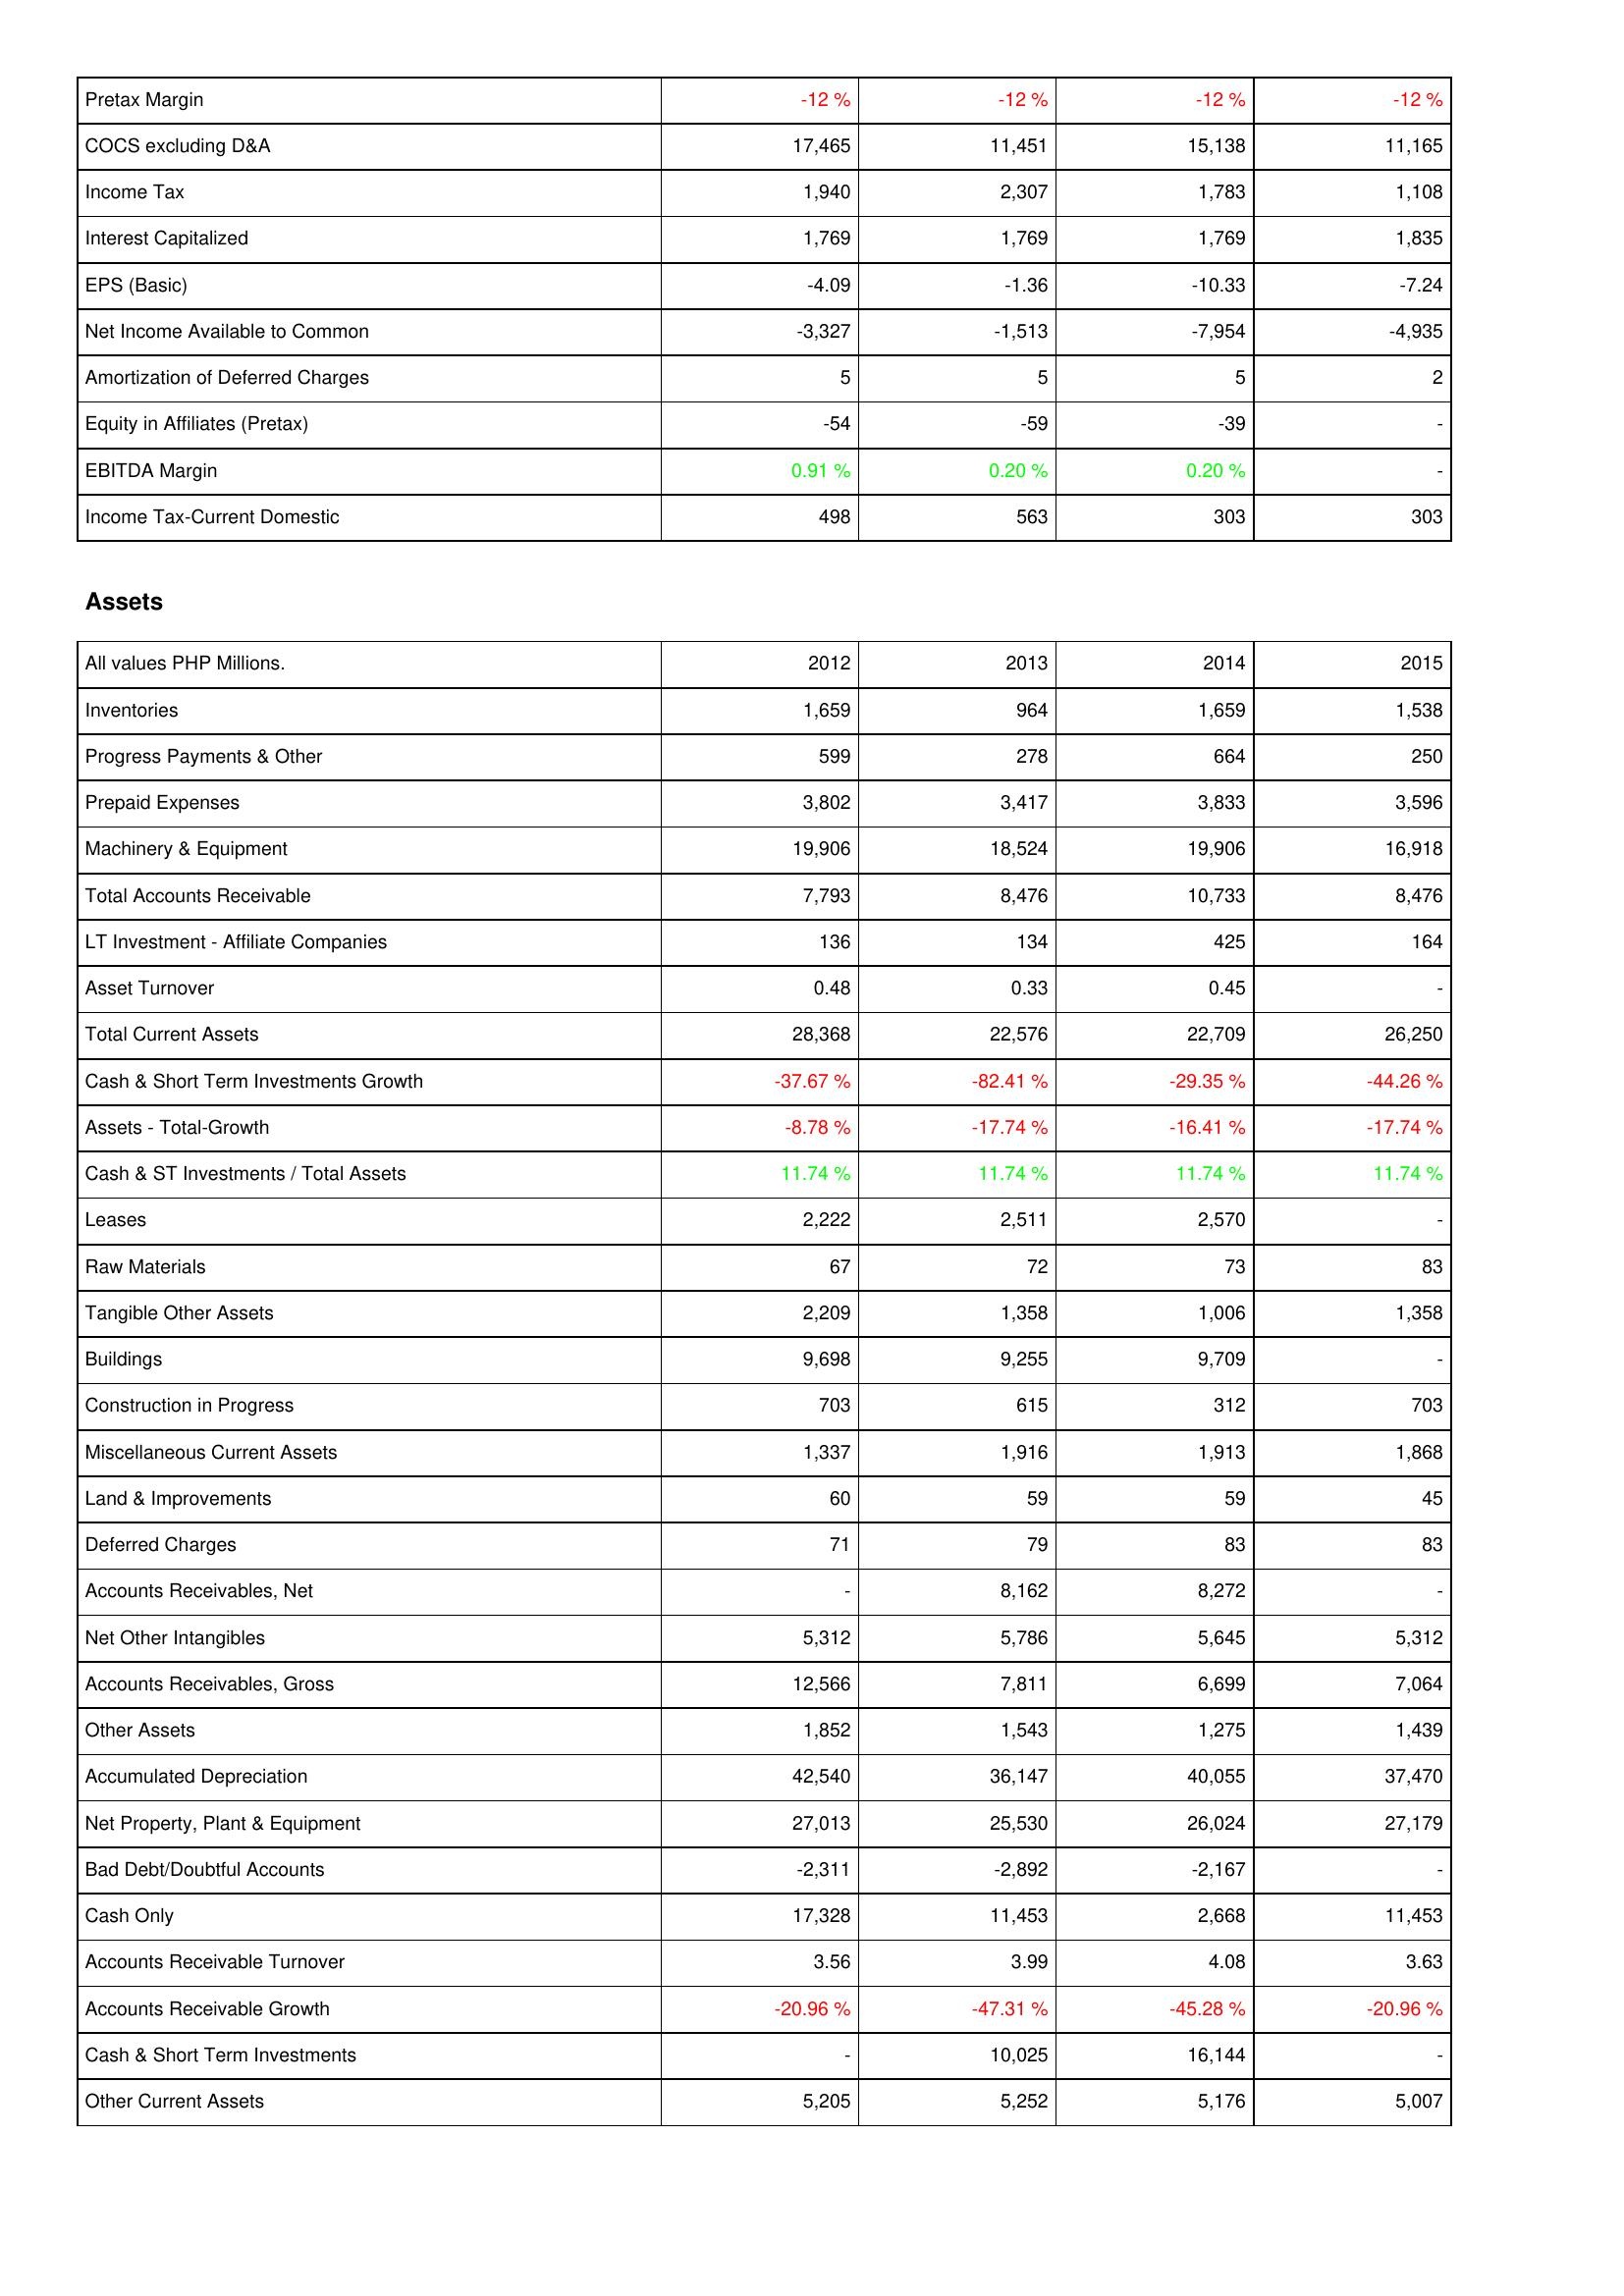
2012: Income Statement: Pretax Margin: -12 %
COCS excluding D&A: 17,465
Income Tax: 1,940
Interest Capitalized: 1,769
EPS (Basic): -4.09
Net Income Available to Common: -3,327
Amortization of Deferred Charges: 5
Equity in Affiliates (Pretax): -54
EBITDA Margin: 0.91 %
Income Tax-Current Domestic: 498
Assets: Inventories: 1,659
Progress Payments & Other: 599
Prepaid Expenses: 3,802
Machinery & Equipment: 19,906
Total Accounts Receivable: 7,793
LT Investment - Affiliate Companies: 136
Asset Turnover: 0.48
Total Current Assets: 28,368
Cash & Short Term Investments Growth: -37.67 %
Assets - Total-Growth: -8.78 %
Cash & ST Investments / Total Assets: 11.74 %
Leases: 2,222
Raw Materials: 67
Tangible Other Assets: 2,209
Buildings: 9,698
Construction in Progress: 703
Miscellaneous Current Assets: 1,337
Land & Improvements: 60
Deferred Charges: 71
Accounts Receivables, Net: -
Net Other Intangibles: 5,312
Accounts Receivables, Gross: 12,566
Other Assets: 1,852
Accumulated Depreciation: 42,540
Net Property, Plant & Equipment: 27,013
Bad Debt/Doubtful Accounts: -2,311
Cash Only: 17,328
Accounts Receivable Turnover: 3.56
Accounts Receivable Growth: -20.96 %
Cash & Short Term Investments: -
Other Current Assets: 5,205
2013: Income Statement: Pretax Margin: -12 %
COCS excluding D&A: 11,451
Income Tax: 2,307
Interest Capitalized: 1,769
EPS (Basic): -1.36
Net Income Available to Common: -1,513
Amortization of Deferred Charges: 5
Equity in Affiliates (Pretax): -59
EBITDA Margin: 0.20 %
Income Tax-Current Domestic: 563
Assets: Inventories: 964
Progress Payments & Other: 278
Prepaid Expenses: 3,417
Machinery & Equipment: 18,524
Total Accounts Receivable: 8,476
LT Investment - Affiliate Companies: 134
Asset Turnover: 0.33
Total Current Assets: 22,576
Cash & Short Term Investments Growth: -82.41 %
Assets - Total-Growth: -17.74 %
Cash & ST Investments / Total Assets: 11.74 %
Leases: 2,511
Raw Materials: 72
Tangible Other Assets: 1,358
Buildings: 9,255
Construction in Progress: 615
Miscellaneous Current Assets: 1,916
Land & Improvements: 59
Deferred Charges: 79
Accounts Receivables, Net: 8,162
Net Other Intangibles: 5,786
Accounts Receivables, Gross: 7,811
Other Assets: 1,543
Accumulated Depreciation: 36,147
Net Property, Plant & Equipment: 25,530
Bad Debt/Doubtful Accounts: -2,892
Cash Only: 11,453
Accounts Receivable Turnover: 3.99
Accounts Receivable Growth: -47.31 %
Cash & Short Term Investments: 10,025
Other Current Assets: 5,252
2014: Income Statement: Pretax Margin: -12 %
COCS excluding D&A: 15,138
Income Tax: 1,783
Interest Capitalized: 1,769
EPS (Basic): -10.33
Net Income Available to Common: -7,954
Amortization of Deferred Charges: 5
Equity in Affiliates (Pretax): -39
EBITDA Margin: 0.20 %
Income Tax-Current Domestic: 303
Assets: Inventories: 1,659
Progress Payments & Other: 664
Prepaid Expenses: 3,833
Machinery & Equipment: 19,906
Total Accounts Receivable: 10,733
LT Investment - Affiliate Companies: 425
Asset Turnover: 0.45
Total Current Assets: 22,709
Cash & Short Term Investments Growth: -29.35 %
Assets - Total-Growth: -16.41 %
Cash & ST Investments / Total Assets: 11.74 %
Leases: 2,570
Raw Materials: 73
Tangible Other Assets: 1,006
Buildings: 9,709
Construction in Progress: 312
Miscellaneous Current Assets: 1,913
Land & Improvements: 59
Deferred Charges: 83
Accounts Receivables, Net: 8,272
Net Other Intangibles: 5,645
Accounts Receivables, Gross: 6,699
Other Assets: 1,275
Accumulated Depreciation: 40,055
Net Property, Plant & Equipment: 26,024
Bad Debt/Doubtful Accounts: -2,167
Cash Only: 2,668
Accounts Receivable Turnover: 4.08
Accounts Receivable Growth: -45.28 %
Cash & Short Term Investments: 16,144
Other Current Assets: 5,176
2015: Income Statement: Pretax Margin: -12 %
COCS excluding D&A: 11,165
Income Tax: 1,108
Interest Capitalized: 1,835
EPS (Basic): -7.24
Net Income Available to Common: -4,935
Amortization of Deferred Charges: 2
Equity in Affiliates (Pretax): -
EBITDA Margin: -
Income Tax-Current Domestic: 303
Assets: Inventories: 1,538
Progress Payments & Other: 250
Prepaid Expenses: 3,596
Machinery & Equipment: 16,918
Total Accounts Receivable: 8,476
LT Investment - Affiliate Companies: 164
Asset Turnover: -
Total Current Assets: 26,250
Cash & Short Term Investments Growth: -44.26 %
Assets - Total-Growth: -17.74 %
Cash & ST Investments / Total Assets: 11.74 %
Leases: -
Raw Materials: 83
Tangible Other Assets: 1,358
Buildings: -
Construction in Progress: 703
Miscellaneous Current Assets: 1,868
Land & Improvements: 45
Deferred Charges: 83
Accounts Receivables, Net: -
Net Other Intangibles: 5,312
Accounts Receivables, Gross: 7,064
Other Assets: 1,439
Accumulated Depreciation: 37,470
Net Property, Plant & Equipment: 27,179
Bad Debt/Doubtful Accounts: -
Cash Only: 11,453
Accounts Receivable Turnover: 3.63
Accounts Receivable Growth: -20.96 %
Cash & Short Term Investments: -
Other Current Assets: 5,007